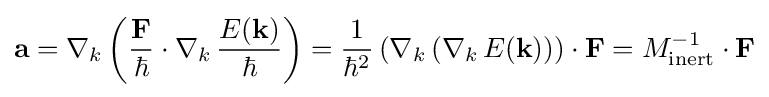
\mathbf {a} =\nabla _{k}\left({\frac {\mathbf {F} }{\hbar }}\cdot \nabla _{k}\,{\frac {E(\mathbf {k} )}{\hbar }}\right)={\frac {1}{\hbar ^{2}}}\left(\nabla _{k}\left(\nabla _{k}\,E(\mathbf {k} )\right)\right)\cdot \mathbf {F} =M_{\text{inert}}^{-1}\cdot \mathbf {F}